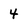
Character: 4